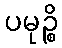
ပမုဉ္စိ